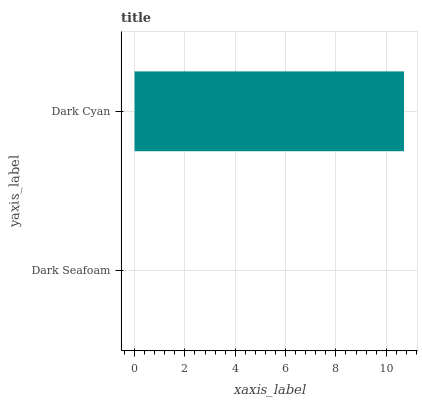
| yaxis_label | bars |
 | --- | --- |
 | Dark Seafoam | 0 |
 | Dark Cyan | 10.7 |